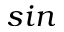
s i n